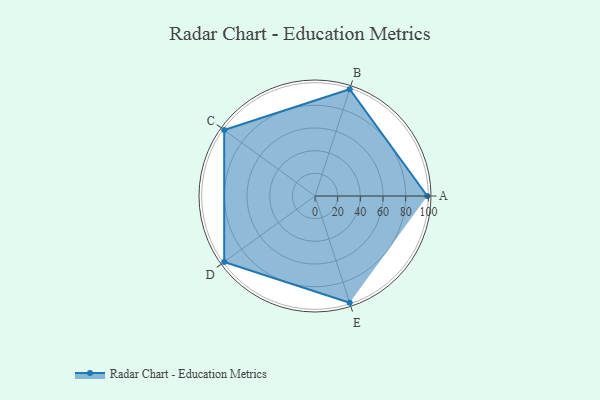
{"axis": {"x": "Skill", "y": "Score"}, "legend": ["Profile"], "data": [{"x": "A", "y": 99, "type": "Profile"}, {"x": "B", "y": 99, "type": "Profile"}, {"x": "C", "y": 99, "type": "Profile"}, {"x": "D", "y": 99, "type": "Profile"}, {"x": "E", "y": 99, "type": "Profile"}]}